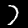
Digit: 7